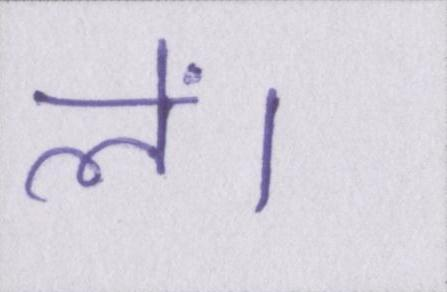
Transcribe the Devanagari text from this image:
लें।